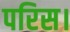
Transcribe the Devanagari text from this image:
परिस।